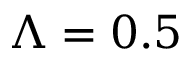
\Lambda = 0 . 5